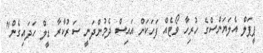
ޕީޕަލް އެލަޔަންސްގެ ހުރިހާ ވޯޓެއް ފަހަކަށް އައިސް ދެމުންދަނީ ސަރުކާރާ ޑީލް ހަދައިގެން"